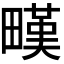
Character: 𤳉